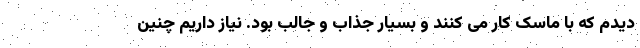
دیدم که با ماسک کار می کنند و بسیار جذاب و جالب بود. نیاز داریم چنین